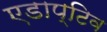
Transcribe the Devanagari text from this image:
एडाप्टिव